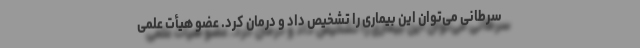
سرطانی می‌توان این بیماری را تشخیص داد و درمان کرد. عضو هیأت علمی